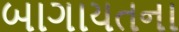
બાગાયતના